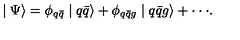
\mid \Psi \rangle = \phi _ { q \bar { q } } \mid q \bar { q } \rangle + \phi _ { q \bar { q } g } \mid q \bar { q } g \rangle + \cdot \cdot \cdot .